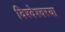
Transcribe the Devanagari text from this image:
विश्वेश्वरया